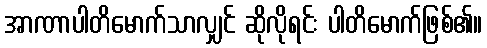
အာဏာပါတိမောက်သာလျှင် ဆိုလိုရင်း ပါတိမောက်ဖြစ်၏။